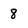
Character: 8